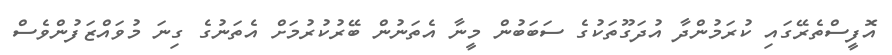
އޮފީސްތެރޭގައި ކުރަމުންދާ އުދަގޫތަކުގެ ސަބަބުން މީނާ އެތަނުން ބޭރުކުރުމަށް އެތަނުގެ ގިނަ މުވައްޒަފުންވެސް